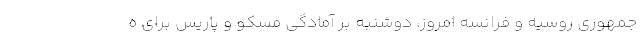
جمهوری روسیه و فرانسه امروز، دوشنبه بر آمادگی مسکو و پاریس برای ه